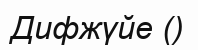
Дифжүйе ()